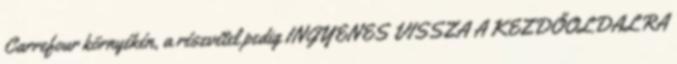
Carrefour környékén, a részvétel pedig INGYENES VISSZA A KEZDŐOLDALRA